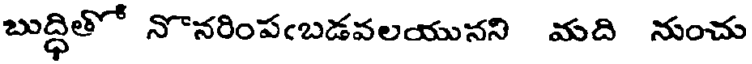
బుద్ధితో నొనరింపఁబడవలయునని మది నుంచు